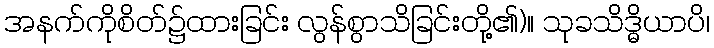
အနက်ကိုစိတ်၌ထားခြင်း လွန်စွာသိခြင်းတို့၏)။ သုခသိဒ္ဓိယာပိ၊